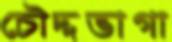
চৌদ্দভাগা